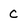
Character: C